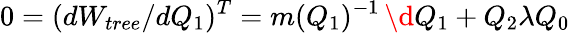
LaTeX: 0=(dW_{tree}/dQ_{1})^{T}=m(Q_{1})^{-1}\, \d Q_{1}+Q_{2}\lambda Q_{0}